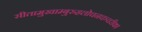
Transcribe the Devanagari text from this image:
सीतामुखाम्बुरुहलोचनचञ्चरीक।